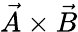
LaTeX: \vec{A}\times\vec{B}